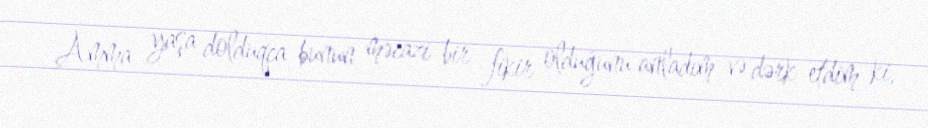
Amma yaşa dolduqca bunun məcazi bir fikir olduğunu anladım və dərk etdim ki,